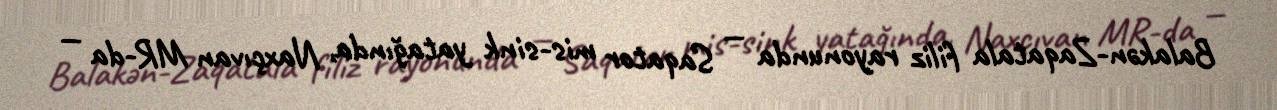
Balakən-Zaqatala filiz rayonunda — Saqator mis-sink yatağında, Naxçıvan MR-da —